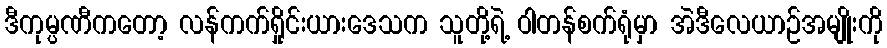
ဒီကုမ္ပဏီကတော့ လန်ကက်ရှိုင်းယားဒေသက သူတို့ရဲ့ ဝါတန်စက်ရုံမှာ အဲဒီလေယာဉ်အမျိုးကို